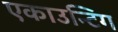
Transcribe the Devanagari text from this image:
एकाउन्टिग